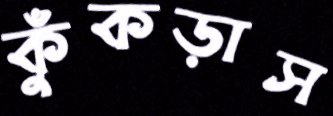
কুঁকড়াস